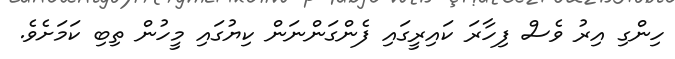
ހިންގި އިރު ވެސް ފިހާރަ ކައިރީގައި ފެންގަންނަން ކިޔުގައި މީހުން ތިބި ކަމަށެވެ.